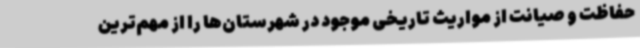
حفاظت و صیانت از مواریث تاریخی موجود در شهرستان‌ها را از مهم‌ترین